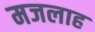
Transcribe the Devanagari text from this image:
मजलाह